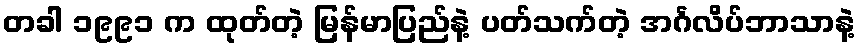
တခါ ၁၉၉၁ က ထုတ်တဲ့ မြန်မာပြည်နဲ့ ပတ်သက်တဲ့ အင်္ဂလိပ်ဘာသာနဲ့